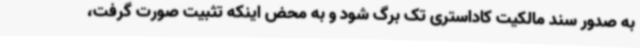
به صدور سند مالکیت کاداستری تک برگ شود و به محض اینکه تثبیت صورت گرفت،